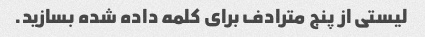
لیستی از پنج مترادف برای کلمه داده شده بسازید.